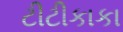
ટીટીકાકા